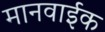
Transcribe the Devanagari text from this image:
मानवाईक